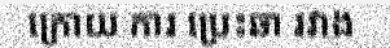
ក្រោយ ការ ប្រេះឆា រវាង